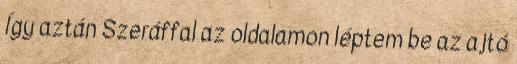
Így aztán Szeráffal az oldalamon léptem be az ajtó